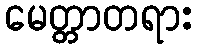
မေတ္တာတရား